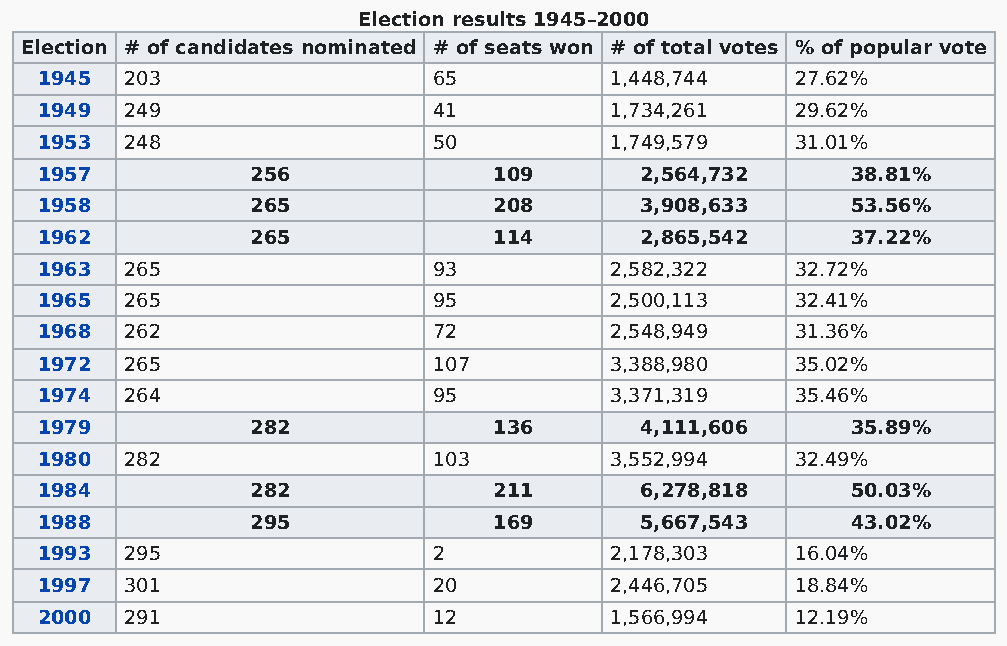
Election results 1945–2000
 Election # of candidates nominated # of seats won # of total votes % of popular vote
 1945  203                  65         1,448,744    27.62%
 1949  249                  41         1,734,261    29.62%
 1953  248                  50         1,749,579    31.01%
 1957           256             109      2,564,732     38.81%
 1958           265             208      3,908,633     53.56%
 1962           265             114      2,865,542     37.22%
 1963  265                  93         2,582,322    32.72%
 1965  265                  95         2,500,113    32.41%
 1968  262                  72         2,548,949    31.36%
 1972  265                  107        3,388,980    35.02%
 1974  264                  95         3,371,319    35.46%
 1979           282             136      4,111,606     35.89%
 1980  282                  103        3,552,994    32.49%
 1984           282             211      6,278,818     50.03%
 1988           295             169      5,667,543     43.02%
 1993  295                  2          2,178,303    16.04%
 1997  301                  20         2,446,705    18.84%
 2000  291                  12         1,566,994    12.19%